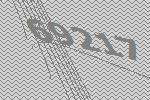
69217